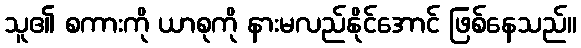
သူ၏ စကားကို ယာစုကို နားမလည်နိုင်အောင် ဖြစ်နေသည်။